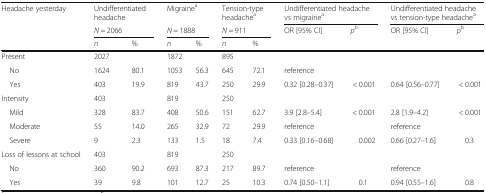
| <ROWSPAN=3> Headache yesterday | <COLSPAN=2> Undifferentiated headache | <COLSPAN=2> Migrainea | <COLSPAN=2> Tension-type headachea | <COLSPAN=2> Undifferentiated headache vs migrainea | <COLSPAN=2> Undifferentiated headache vs tension-type headachea |
 | <COLSPAN=2> N = 2066 | <COLSPAN=2> N = 1888 | <COLSPAN=2> N = 911 | <ROWSPAN=2> OR [95% CI] | <ROWSPAN=2> pb | <ROWSPAN=2> OR [95% CI] | <ROWSPAN=2> pb |
 | n | % | n | % | n | % |
 | --- | --- | --- | --- | --- | --- | --- | --- | --- | --- | --- |
 | Present | 2027 |  | 1872 |  | 895 |  | <COLSPAN=4>  |
 | No | 1624 | 80.1 | 1053 | 56.3 | 645 | 72.1 | reference |  |  |  |
 | Yes | 403 | 19.9 | 819 | 43.7 | 250 | 29.9 | 0.32 [0.28–0.37] | < 0.001 | 0.64 [0.56–0.77] | < 0.001 |
 | Intensity | 403 |  | 819 |  | 250 |  | <COLSPAN=4>  |
 | Mild | 328 | 83.7 | 408 | 50.6 | 151 | 62.7 | 3.9 [2.8–5.4] | < 0.001 | 2.8 [1.9–4.2] | < 0.001 |
 | Moderate | 55 | 14.0 | 265 | 32.9 | 72 | 29.9 | reference |  | reference |  |
 | Severe | 9 | 2.3 | 133 | 1.5 | 18 | 7.4 | 0.33 [0.16–0.68] | 0.002 | 0.66 [0.27–1.6] | 0.3 |
 | Loss of lessons at school | 403 |  | 819 |  | 250 |  | <COLSPAN=4>  |
 | No | 360 | 90.2 | 693 | 87.3 | 217 | 89.7 | reference |  | reference |  |
 | Yes | 39 | 9.8 | 101 | 12.7 | 25 | 10.3 | 0.74 [0.50–1.1] | 0.1 | 0.94 [0.55–1.6] | 0.8 |